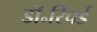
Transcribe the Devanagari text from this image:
डॉ॰रिचर्ड